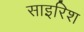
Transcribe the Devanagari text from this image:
साइरिश